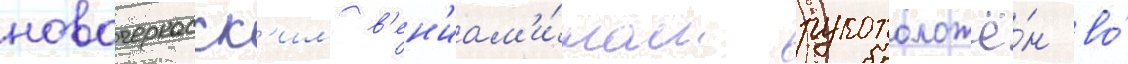
новочеркасск'им в'ен'иам'и́ном рукоположё́н во́